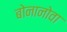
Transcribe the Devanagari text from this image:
बोनानोवा